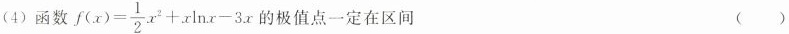
(4)函数$$f ( x ) = \frac { 1 } { 2 } x ^ { 2 } + x \ln x - 3 x$$ 的极值点一定在区间 ()